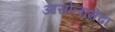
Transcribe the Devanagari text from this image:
आसोलामेंढा